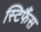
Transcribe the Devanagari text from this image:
स्टिफैंस